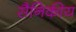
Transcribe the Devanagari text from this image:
सैनिकीय